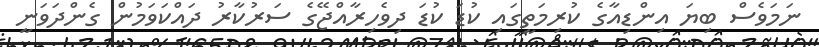
ނަމަވެސް ބިޔަ އިންޑިއާގެ ކުރިމަތީގައި ކުޑަ ކުޑަ ދިވެހިރާއްޖޭގެ ސަރުކާރު ދައްކަވަމުން ގެންދަވަނީ